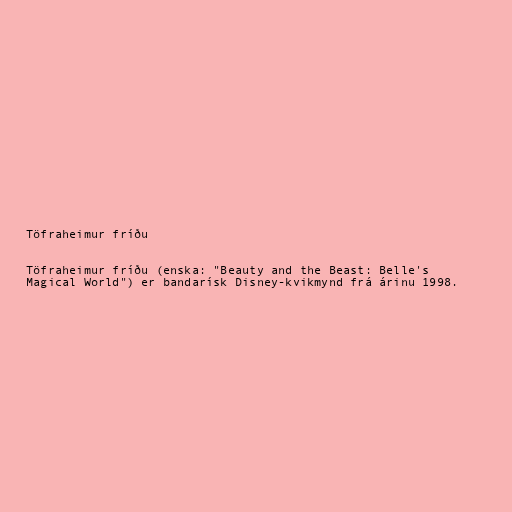
Töfraheimur fríðu

Töfraheimur fríðu (enska: "Beauty and the Beast: Belle's
Magical World") er bandarísk Disney-kvikmynd frá árinu 1998.